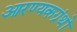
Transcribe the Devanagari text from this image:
आरण्यकग्रंथों